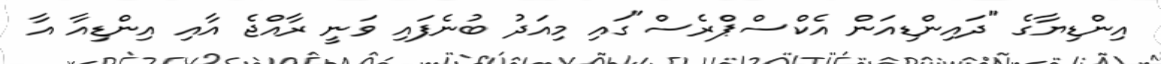
އިންޑިޔާގެ "ދައިންޑިއަން އެކްސްޕްރެސް"ގައި މިއަދު ބުނެފައި ވަނީ ރާއްޖެ އާއި އިންޑިއާ އާ